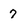
Character: 7